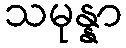
သမုန္နာ